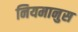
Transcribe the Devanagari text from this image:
नियमानुस